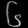
Digit: ၆